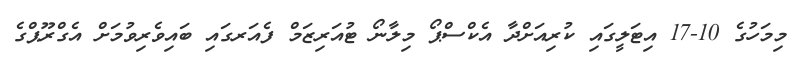
މިމަހުގެ 10-17 އިޓަލީގައި ކުރިއަށްދާ އެކްސްޕޯ މިލާނޯ ޓުއަރިޒަމް ފެއަރގައި ބައިވެރިވުމަށް އެގްރޫޕްގެ